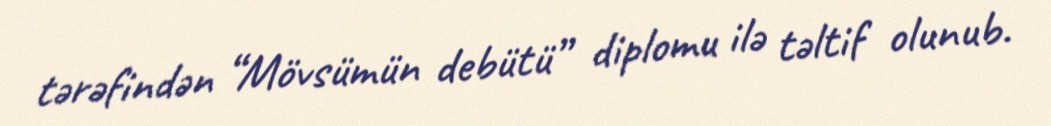
tərəfindən “Mövsümün debütü” diplomu ilə təltif olunub.